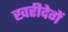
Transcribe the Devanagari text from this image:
खरीदेगें